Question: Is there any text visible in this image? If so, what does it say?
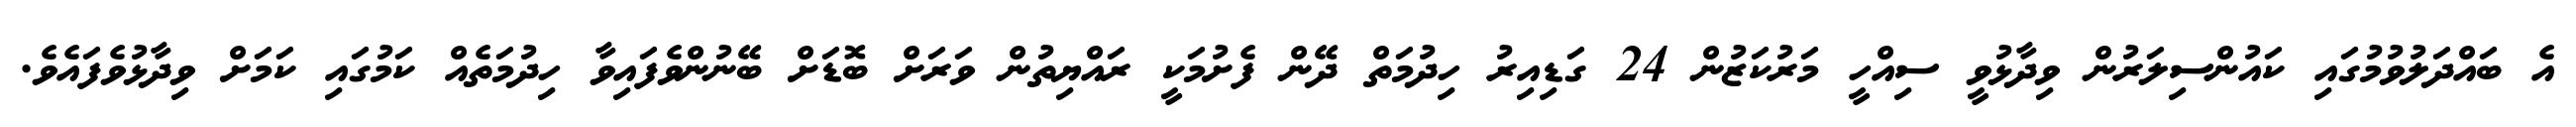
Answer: އެ ބައްދަލުވުމުގައި ކައުންސިލަރުން ވިދާޅުވީ ސިއްހީ މަރުކަޒުން 24 ގަޑިއިރު ހިދުމަތް ދޭން ފެށުމަކީ ރައްޔިތުން ވަރަށް ބޮޑަށް ބޭނުންވެފައިވާ ހިދުމަތެއް ކަމުގައި ކަމަށް ވިދާޅުވެފައެވެ.